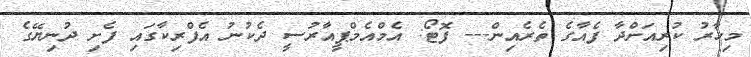
މިހާރު ކުރިއަށްދާ ފެއާގެ ތެރެއިން--- ފޮޓޯ: އެމްއެމްޕީއާރުސީ ދެކުނު އެފްރިކާގައި ފެށި ދުނިޔޭގެ